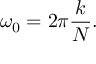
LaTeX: \omega _ { 0 } = 2 \pi { \frac { k } { N } } .